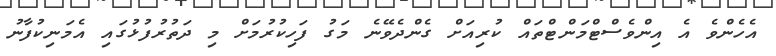
އެހެންވެ އެ އިންވެސްޓްމަންޓްތައް ކުރިއަށް ގެންދެވޭނެ މަގު ފަހިކުރުމަށް މި ދަތުރުފުޅުގައި އެމަނިކުފާނު